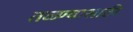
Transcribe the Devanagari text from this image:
तळ्ण्यासाठी